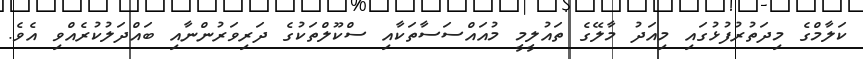
ކަލާމްގެ މިދަތުރުފުޅުގައި މިއަދު މާލޭގެ ތައުލީމީ މުއައްސަސާތަކާއި ސްކޫލްތަކުގެ ދަރިވަރުންނާއި ބައްދަލުކުރެއްވި އެވެ.